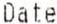
DATE